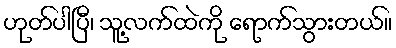
ဟုတ်ပါပြီ၊ သူ့လက်ထဲကို ရောက်သွားတယ်။